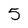
Character: 5